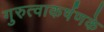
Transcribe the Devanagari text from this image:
गुरुत्वाकर्षणके